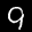
Label: 9